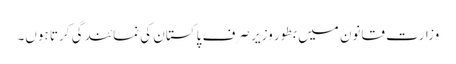
وزارت قانون میں بطور وزیر صرف پاکستان کی نمائندگی کرتا ہوں۔